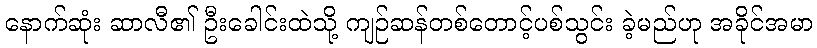
နောက်ဆုံး ဆာလီ၏ ဦးခေါင်းထဲသို့ ကျဉ်ဆန်တစ်တောင့်ပစ်သွင်း ခဲ့မည်ဟု အခိုင်အမာ